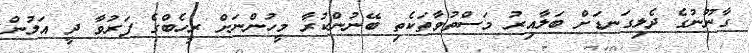
ގާނޫނުގެ ދެލިގަނޑަށް ބަލާއިރު މަސްތުވާތަކެތި ބޭނުންކުރާ މީހުންނަށް ރީހެބްގެ ފަރުވާ ދީ އަލުން